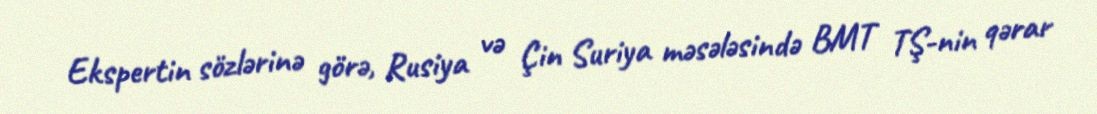
Ekspertin sözlərinə görə, Rusiya və Çin Suriya məsələsində BMT TŞ-nin qərar